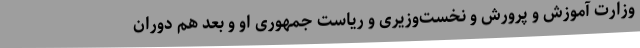
وزارت آموزش و پرورش و نخست‌وزیری و ریاست جمهوری او و بعد هم دوران